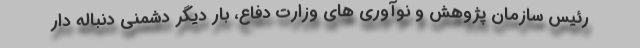
رئیس سازمان پژوهش و نوآوری های وزارت دفاع، بار دیگر دشمنی دنباله دار